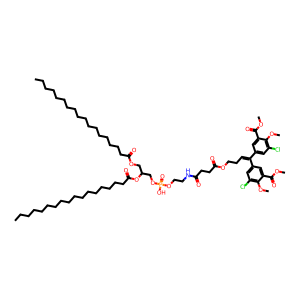
SMILES: CCCCCCCCCCCCCCCCCC(=O)OCC(COP(=O)(O)OCCNC(=O)CCC(=O)OCCC=C(c1cc(Cl)c(OC)c(C(=O)OC)c1)c1cc(Cl)c(OC)c(C(=O)OC)c1)OC(=O)CCCCCCCCCCCCCCCCC
Inhibits HIV replication: No